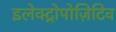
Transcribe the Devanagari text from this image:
इलेक्ट्रोपोज़िटिव